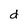
Character: d